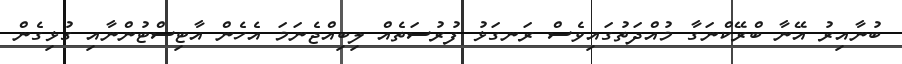
ބުނާއިރު އޭނާ ބްރޭކްނަގާ މުއްދަތުގައިވެސް ރަނގަޅު ފުރުސަތެއް ލިބިއްޖެނަމަ އެހެން އާޓިސްޓުންނާއި ގުޅިގެން